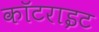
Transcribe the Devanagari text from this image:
कॉटराइट